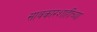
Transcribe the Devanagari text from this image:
सावकारशाहीच्या